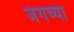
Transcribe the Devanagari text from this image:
जंगच्या